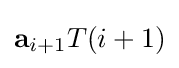
\mathbf {a} _{i+1}T(i+1)